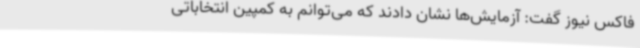
فاکس نیوز گفت: آزمایش‌ها نشان دادند که می‌توانم به کمپین انتخاباتی